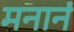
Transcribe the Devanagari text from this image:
मनानं